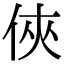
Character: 俠